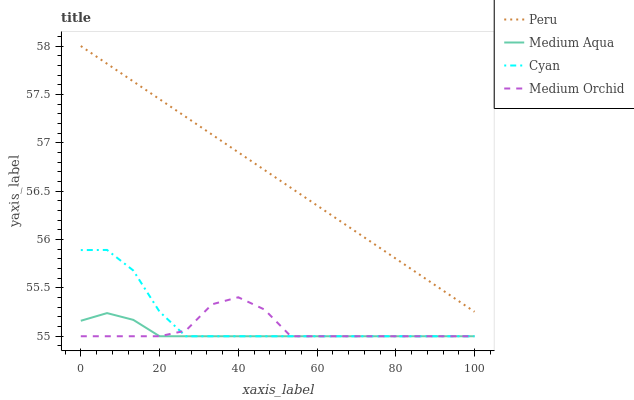
| xaxis_label | Peru | Medium Aqua | Cyan | Medium Orchid |
 | --- | --- | --- | --- | --- |
 | 0 | 58 | 55.2 | 55.9 | 55 |
 | 6.67 | 57.8 | 55.2 | 55.9 | 55 |
 | 13.3 | 57.6 | 55.2 | 55.7 | 55 |
 | 20 | 57.5 | 55 | 55.3 | 55 |
 | 26.7 | 57.3 | 55 | 55 | 55.1 |
 | 33.3 | 57.1 | 55 | 55 | 55.3 |
 | 40 | 56.9 | 55 | 55 | 55.4 |
 | 46.7 | 56.7 | 55 | 55 | 55.3 |
 | 53.3 | 56.5 | 55 | 55 | 55 |
 | 60 | 56.4 | 55 | 55 | 55 |
 | 66.7 | 56.2 | 55 | 55 | 55 |
 | 73.3 | 56 | 55 | 55 | 55 |
 | 80 | 55.8 | 55 | 55 | 55 |
 | 86.7 | 55.6 | 55 | 55 | 55 |
 | 93.3 | 55.4 | 55 | 55 | 55 |
 | 100 | 55.3 | 55 | 55 | 55 |